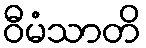
ဝီမံသာတိ